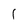
Character: 1